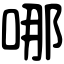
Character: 哪